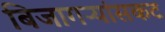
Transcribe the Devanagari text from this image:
बिजागऱ्यांसकट